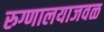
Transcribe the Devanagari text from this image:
रुग्णालयाजवळ